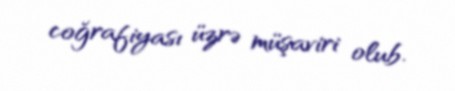
coğrafiyası üzrə müşaviri olub.